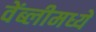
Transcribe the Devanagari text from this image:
वेंब्लीमध्ये